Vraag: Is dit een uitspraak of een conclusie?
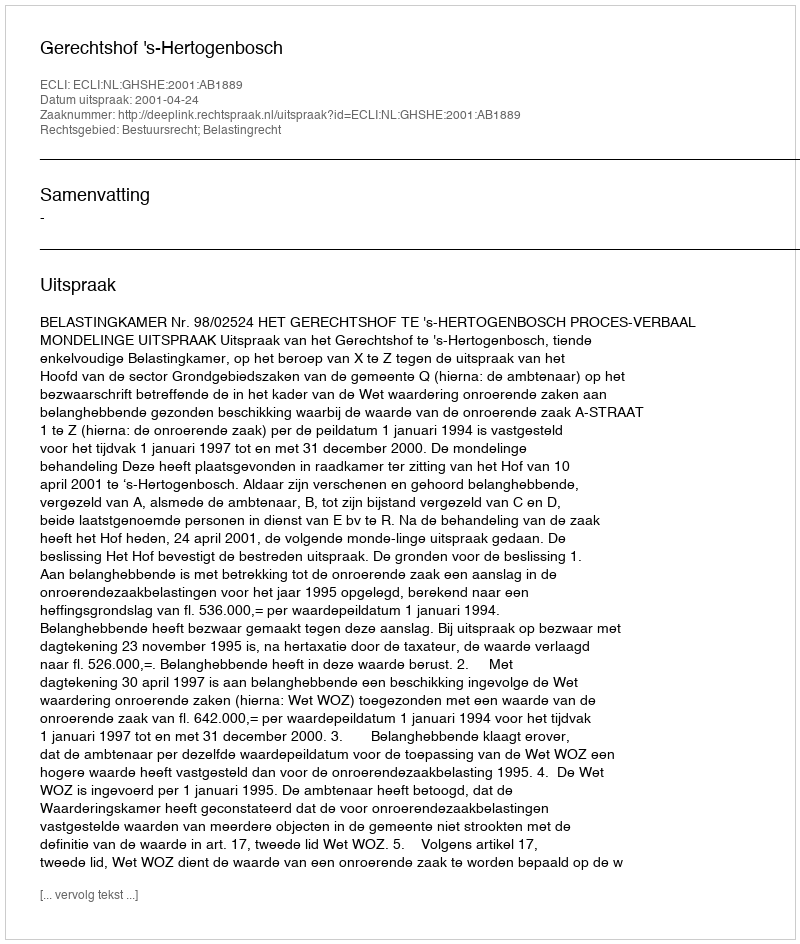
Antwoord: Uitspraak